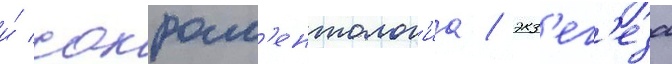
и́ сакрам'ентолог'иа / экз'ег'еза